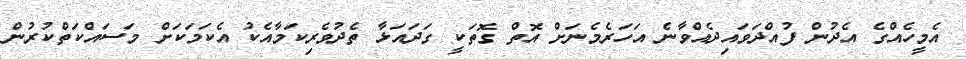
އެމީހެެއްގެ އެދުން ފުއްދަވައިދެއްވާނެ އަހަރެމެނަށް އޮތް ގޮތަކީ ގަދައަޅާ ތެދުވެރިކަމާއެކު އެކަމަކަށް މަސައްކަތްކުރުން